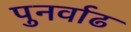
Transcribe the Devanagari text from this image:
पुनर्वाढ